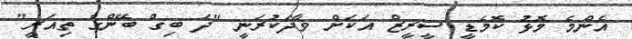
އެންމެ މޮޅު ކޮމެޑީ ސީރީޒް އަކަށް ވާދަކުރަނީ "ދަ ބިގް ބޭންގް ތިއަރީ"